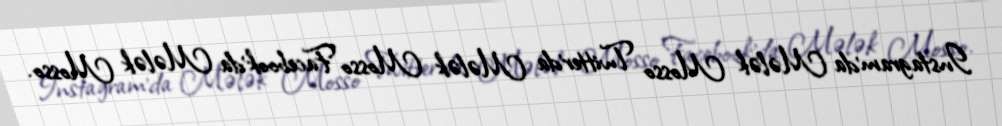
Instagram'da Mələk Mosso Twitter'da Mələk Mosso Facebook'da Mələk Mosso.